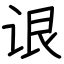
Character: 𬣳